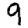
Digit: 9